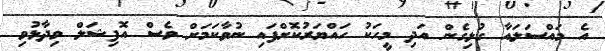
އެ މައްސަލައާ ގުޅިގެން އަދި މީހަކު ހައްޔަރުކޮށްފައި ނުވާކަމަށް ވެސް އޮފިޝަލް ވިދާޅުވި